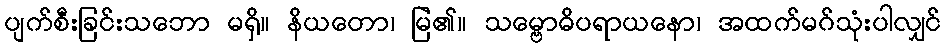
ပျက်စီးခြင်းသဘော မရှိ။ နိယတော၊ မြဲ၏။ သမ္ဗောဓိပရာယနော၊ အထက်မဂ်သုံးပါလျှင်